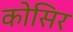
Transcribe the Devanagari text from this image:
कोसिर